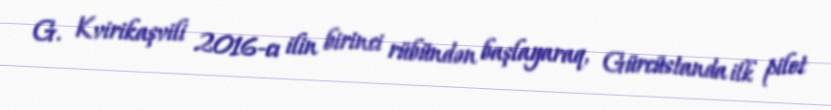
G. Kvirikaşvili 2016-cı ilin birinci rübündən başlayaraq, Gürcüstanda ilk pilot